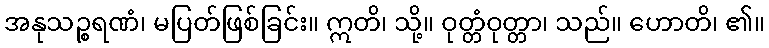
အနုသဉ္စရဏံ၊ မပြတ်ဖြစ်ခြင်း။ ဣတိ၊ သို့။ ဝုတ္တံဝုတ္တာ၊ သည်။ ဟောတိ၊ ၏။